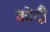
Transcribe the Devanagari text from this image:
कोदौ